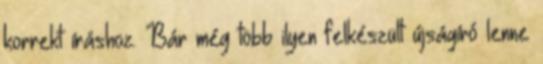
korrekt íráshoz. Bár még több ilyen felkészült újságíró lenne